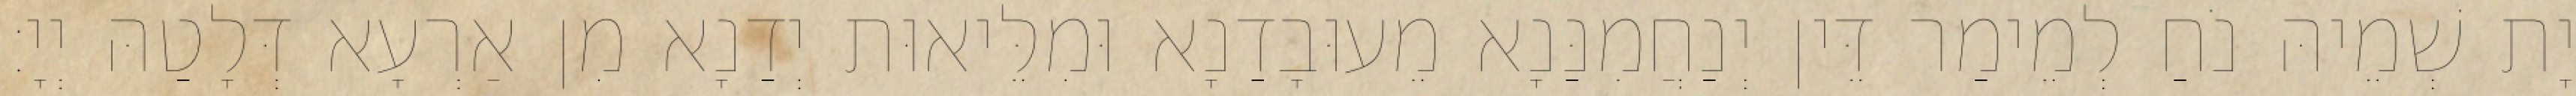
יָת שְׁמֵיהּ נֹחַ לְמֵימַר דֵּין יְנַחֲמִנַּנָא מֵעוּבָדַנָא וּמִלֵּיאוּת יְדַנָא מִן אַרְעָא דְּלָטַהּ יְיָ׃